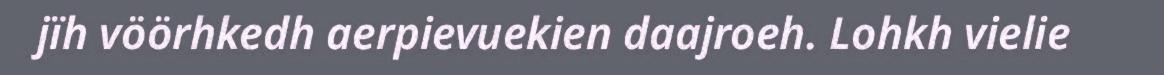
jïh vöörhkedh aerpievuekien daajroeh. Lohkh vielie